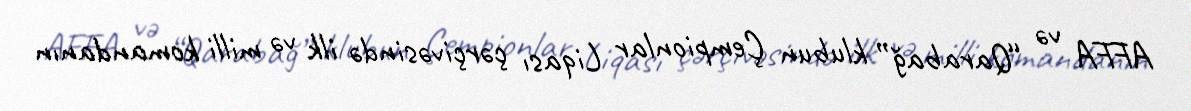
AFFA və “Qarabağ” klubun Çempionlar Liqası çərçivəsində ilk və milli komandanın